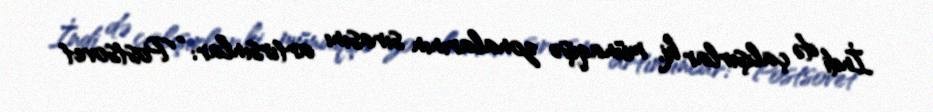
İndi də çalışırlar ki, münaqişə zonalarının sırasını artırsınlar: “Postsovet